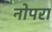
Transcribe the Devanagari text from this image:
नोपरा